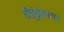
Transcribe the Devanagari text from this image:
रीइंट्रोडकशन